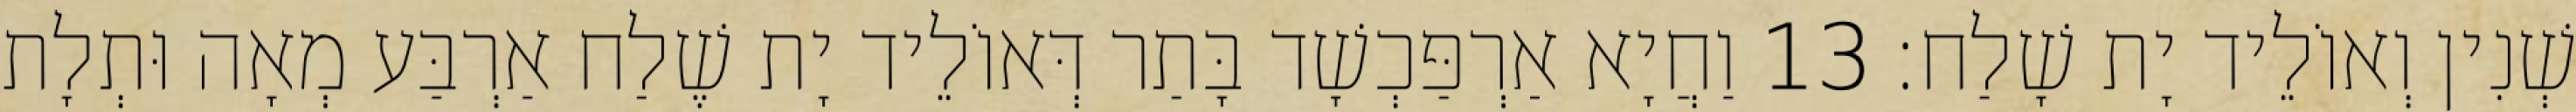
שְׁנִין וְאוֹלֵיד יָת שָׁלַח׃ 13 וַחֲיָא אַרְפַּכְשָׁד בָּתַר דְּאוֹלֵיד יָת שֶׁלַח אַרְבַּע מְאָה וּתְלָת